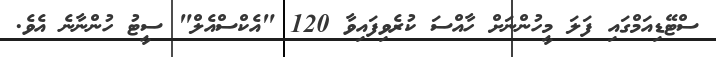
ސްޓޭޑިއަމްގައި ފަލަ މީހުންނަށް ހާއްސަ ކުރެވިފައިވާ 120 "އެކްސްއެލް" ސީޓު ހުންނާނެ އެވެ.